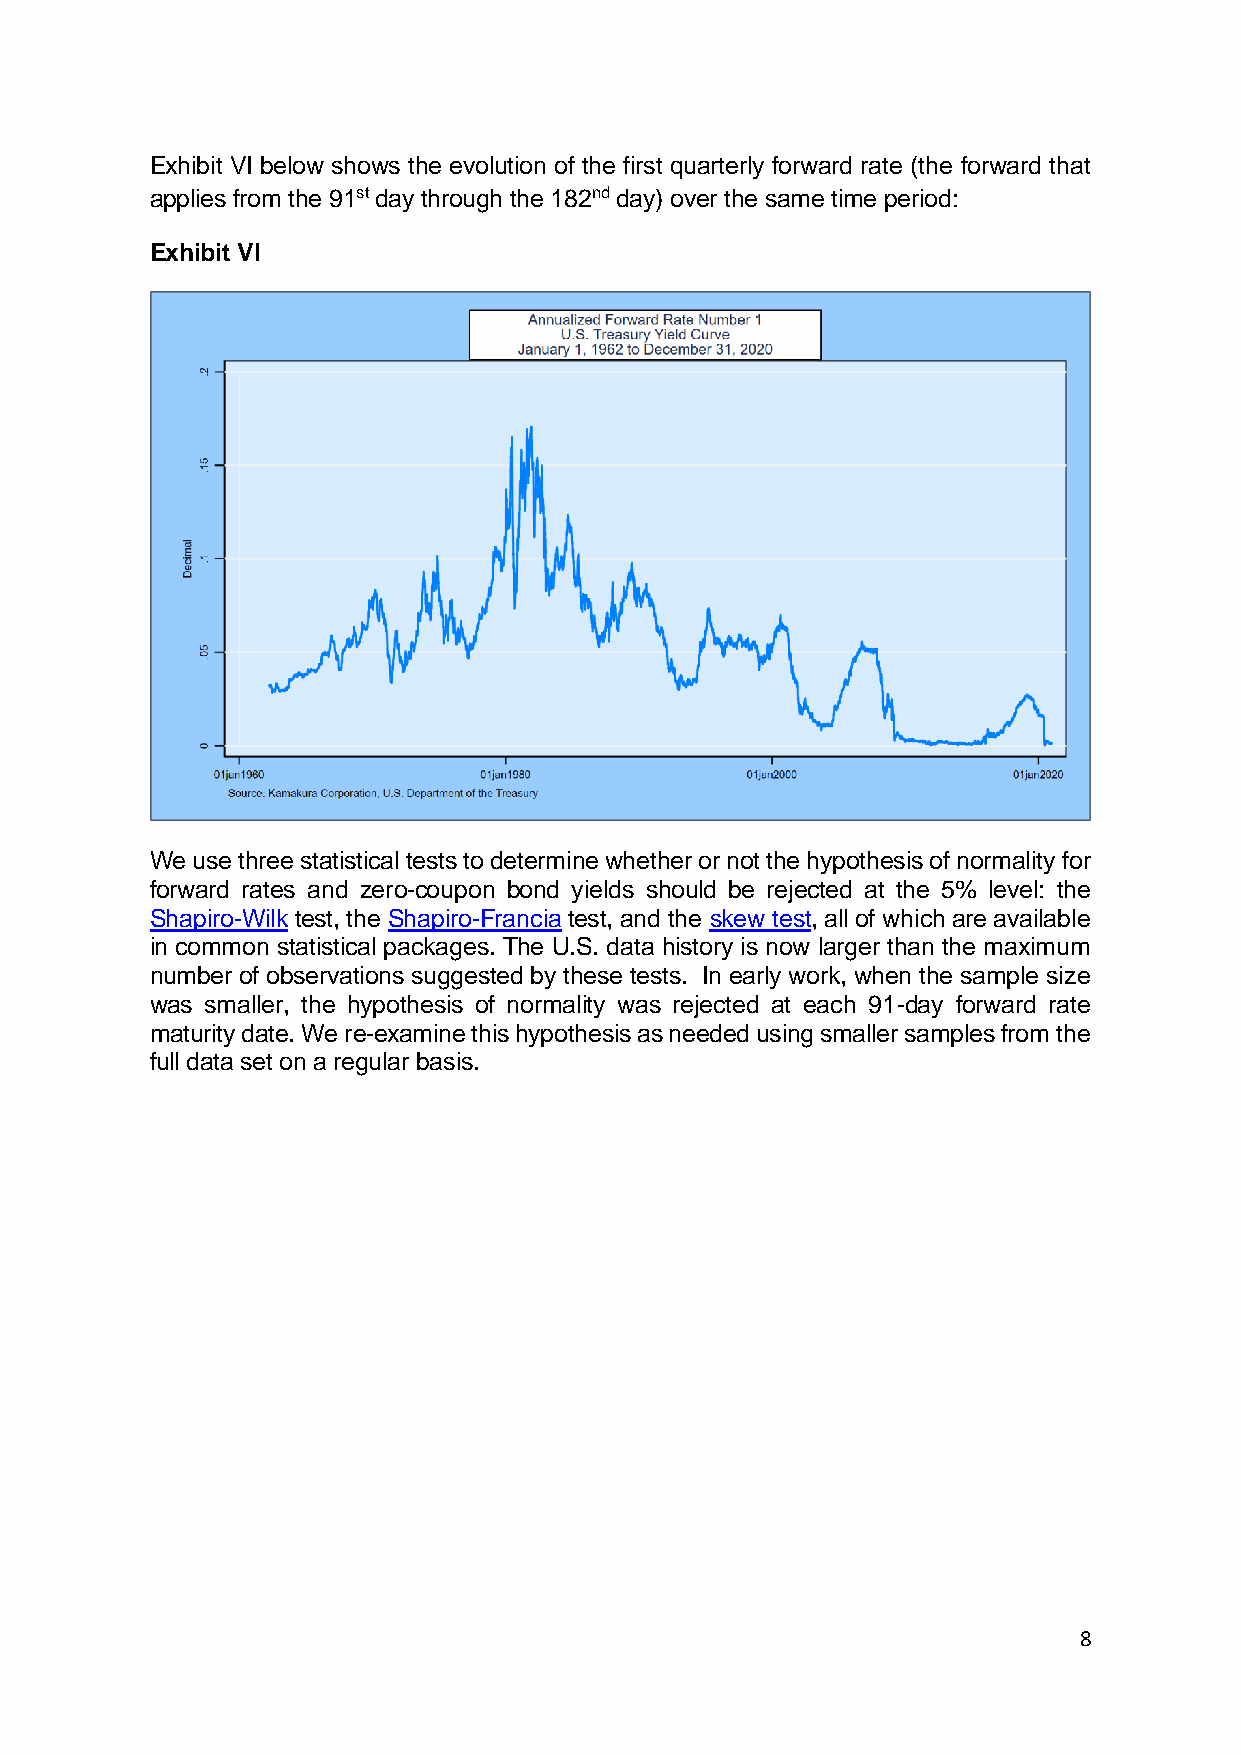
Exhibit VI below shows the evolution of the first quarterly forward rate (the forward that
 applies from the 91st day through the 182nd day) over the same time period:
 Exhibit VI
 We use three statistical tests to determine whether or not the hypothesis of normality for
 forward rates and zero-coupon bond yields should be rejected at the 5% level: the
 Shapiro-Wilk test, the Shapiro-Francia test, and the skew test, all of which are available
 in common statistical packages. The U.S. data history is now larger than the maximum
 number of observations suggested by these tests. In early work, when the sample size
 was smaller, the hypothesis of normality was rejected at each 91-day forward rate
 maturity date. We re-examine this hypothesis as needed using smaller samples from the
 full data set on a regular basis.
 8